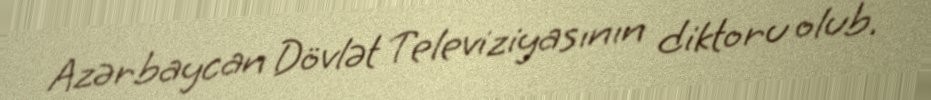
Azərbaycan Dövlət Televiziyasının diktoru olub.